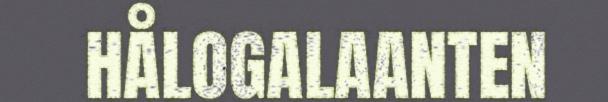
HÅLOGALAANTEN